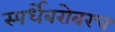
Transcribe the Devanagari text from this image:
स्पर्धेबरोबरच